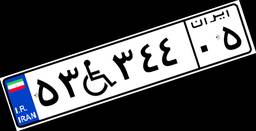
۷۴W۷۷۳۰۴